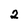
Character: 2